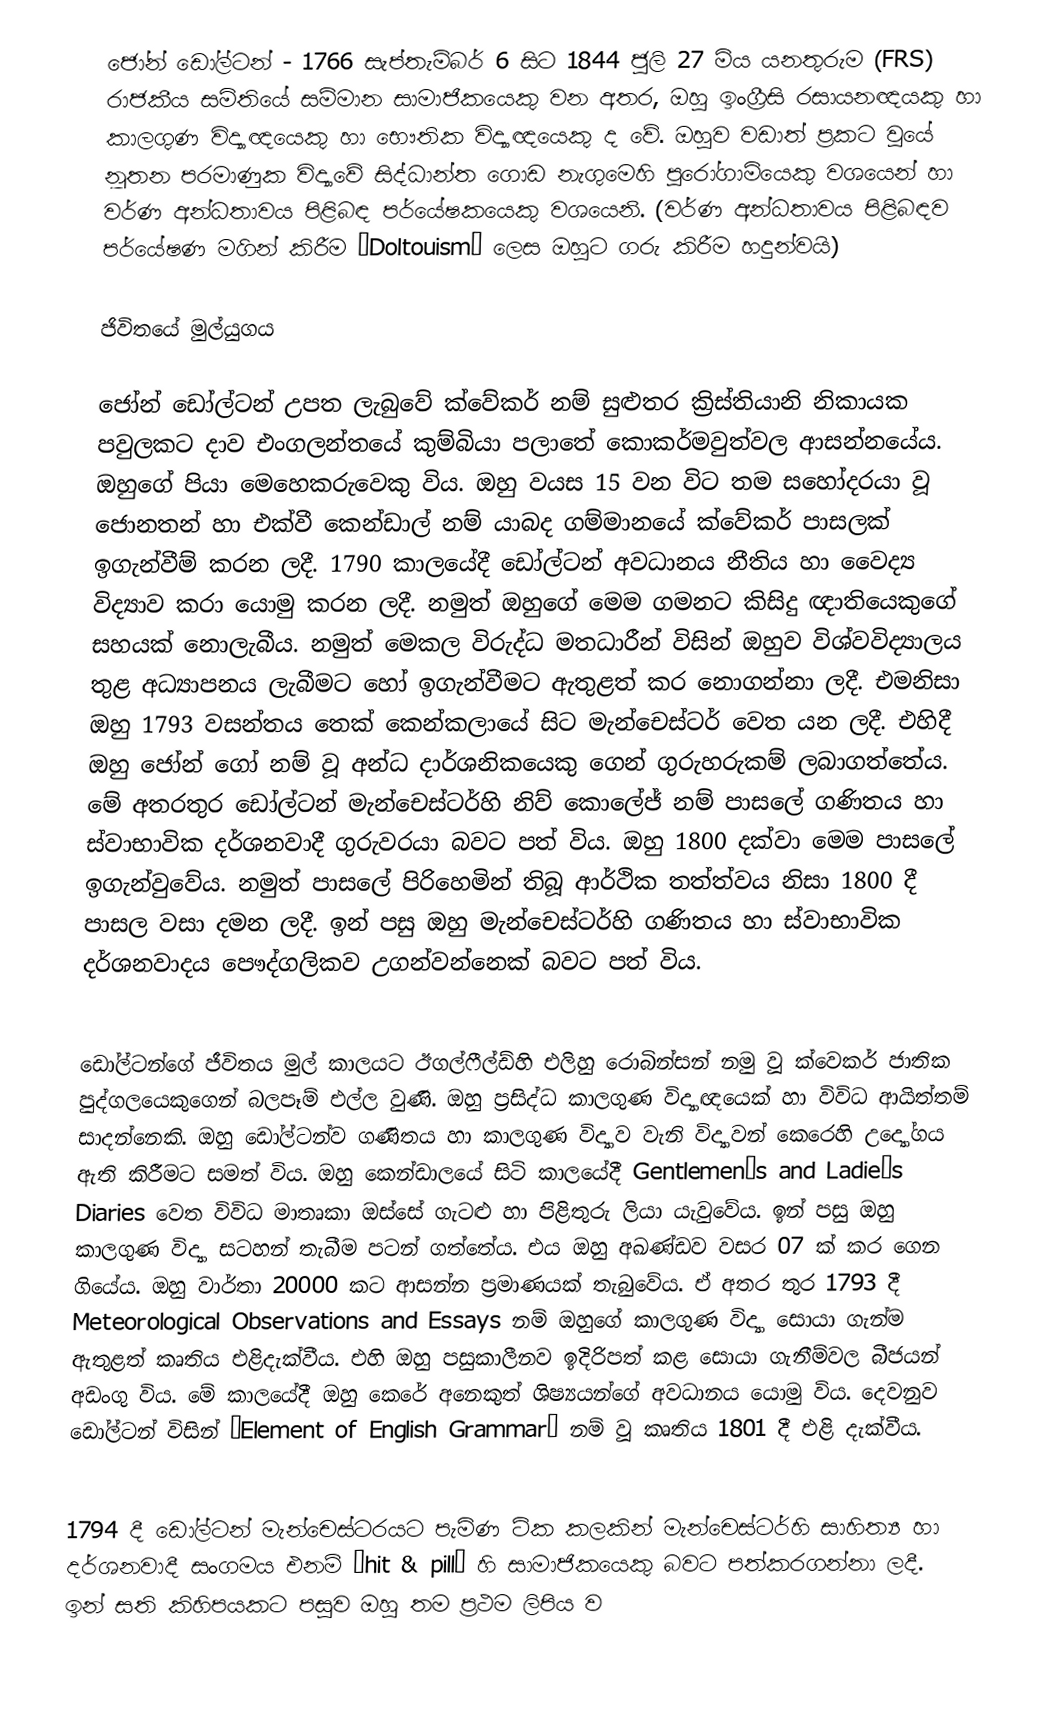
ජෝන් ඩෝල්ටන් - 1766 සැප්තැම්බර් 6 සිට 1844 ජුලි 27 මිය යනතුරුම (FRS) රාජකීය සමිතියේ සම්මාන සාමාජිකයෙකු වන අතර, ඔහු ඉංග්‍රීසි රසායනඥයකු හා කාලගුණ විද්‍යාඥයෙකු හා භෞතික විද්‍යාඥයෙකු ද වේ. ඔහුව වඩාත් ප්‍රකට වුයේ නූතන පරමාණුක විද්‍යාවේ සිද්ධාන්ත ගොඩ නැගුමෙහි පුරෝගාමියෙකු වශයෙන් හා වර්ණ අන්ධතාවය පිළිබඳ පර්යේෂකයෙකු වශයෙනි. (වර්ණ අන්ධතාවය පිළිබඳව පර්යේෂණ මගින් කිරීම “Doltouism” ලෙස ඔහුට ගරු කිරීම හදුන්වයි)

ජිවිතයේ මුල්යුගය

ජෝන් ඩෝල්ටන් උපත ලැබුවේ ක්වේකර් නම් සුළුතර ක්‍රිස්තියානි නිකායක පවුලකට දාව එංගලන්තයේ කුම්බියා පලාතේ කොකර්මවුත්වල ආසන්නයේය. ඔහුගේ පියා මෙහෙකරුවෙකු විය. ඔහු වයස 15 වන විට තම සහෝදරයා වූ ජොනතන් හා එක්වී කෙන්ඩාල් නම් යාබද ගම්මානයේ ක්වේකර් පාසලක් ඉගැන්වීම් කරන ලදී. 1790 කාලයේදී ඩෝල්ටන් අවධානය නීතිය හා වෛද්‍ය විද්‍යාව කරා යොමු කරන ලදී. නමුත් ඔහුගේ මෙම ගමනට කිසිදු ඥාතියෙකුගේ සහයක් නොලැබීය. නමුත් මෙකල විරුද්ධ මතධාරීන් විසින් ඔහුව විශ්වවිද්‍යාලය තුළ අධ්‍යාපනය ලැබීමට හෝ ඉගැන්වීමට ඇතුළත් කර නොගන්නා ලදී. එමනිසා ඔහු 1793 වසන්තය තෙක් කෙන්කලායේ සිට මැන්චෙස්ටර් වෙත යන ලදී. එහිදී ඔහු ජෝන් ගෝ නම් වූ අන්ධ දාර්ශනිකයෙකු ගෙන් ගුරුහරුකම් ලබාගත්තේය. මේ අතරතුර ඩෝල්ටන් මැන්චෙස්ටර්හි නිව් කොලේජ් නම් පාසලේ ගණිතය හා ස්වාභාවික දර්ශනවාදී ගුරුවරයා බවට පත් විය. ඔහු 1800 දක්වා මෙම පාසලේ ඉගැන්වුවේය. නමුත් පාසලේ පිරිහෙමින් තිබූ ආර්ථික තත්ත්වය නිසා 1800 දී පාසල වසා දමන ලදී. ඉන් පසු ඔහු මැන්චෙස්ටර්හි ගණිතය හා ස්වාභාවික දර්ශනවාදය පෞද්ගලිකව උගන්වන්නෙක් බවට පත් විය.

ඩෝල්ටන්ගේ ජීවිතය මුල් කාලයට ඊගල්ෆීල්ඩ්හි එලිහු රොබින්සන් නමු වූ ක්වෙකර් ජාතික පුද්ගලයෙකුගෙන් බලපෑම් එල්ල වුණි. ඔහු ප්‍රසිද්ධ කාලගුණ විද්‍යාඥයෙක් හා විවිධ ආයිත්තම් සාදන්නෙකි. ඔහු ඩෝල්ටන්ව ගණිතය හා කාලගුණ විද්‍යාව වැනි විද්‍යාවන් කෙරෙහි උද්‍යෝගය ඇති කිරීමට සමත් විය. ඔහු කෙන්ඩාලයේ සිටි කාලයේදී Gentlemen’s and Ladie’s Diaries වෙත විවිධ මාතෘකා ඔස්සේ ගැටළු හා පිළිතුරු ලියා යැවුවේය. ඉන් පසු ඔහු කාලගුණ විද්‍යා සටහන් තැබීම පටන් ගත්තේය. එය ඔහු අඛණ්ඩව වසර 07 ක් කර ගෙන ගියේය. ඔහු වාර්තා 20000 කට ආසන්න ප්‍රමාණයක් තැබුවේය. ඒ අතර තුර 1793 දී  Meteorological Observations and Essays නම් ඔහුගේ කාලගුණ විද්‍යා සොයා ගැන්ම ඇතුළත් කෘතිය එළිදැක්වීය. එහි ඔහු පසුකාලීනව ඉදිරිපත් කළ සොයා ගැනීම්වල බීජයන් අඩංගු විය. මේ කාලයේදී ඔහු කෙරේ අනෙකුත් ශිෂ්‍යයන්ගේ අවධානය යොමු විය. දෙවනුව ඩෝල්ටන් විසින් “Element of English Grammar” නම් වූ කෘතිය 1801 දී එළි දැක්වීය.

1794 දී ඩෝල්ටන් මැන්චෙස්ටරයට පැමිණ ටික කලකින් මැන්චෙස්ටර්හි සාහිත්‍ය හා දර්ශනවාදී සංගමය එනම් “hit & pill” හි සාමාජිකයෙකු බවට පත්කරගන්නා ලදී. ඉන් සති කිහිපයකට පසුව ඔහු තම ප්‍රථම ලිපිය ව